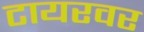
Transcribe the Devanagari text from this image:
टायरवर